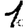
Digit: 1